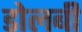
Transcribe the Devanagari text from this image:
डोलबी